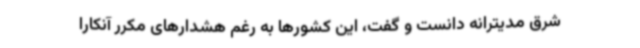
شرق مدیترانه دانست و گفت، این کشورها به رغم هشدارهای مکرر آنکارا